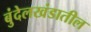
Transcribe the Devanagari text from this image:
बुंदेलखंडातील